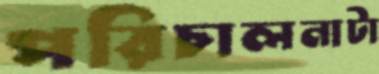
পরিচালনাটা